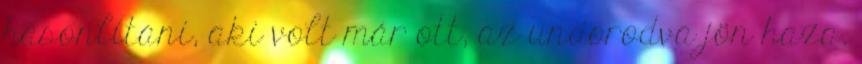
hasonlítani, aki volt már ott, az undorodva jön haza.